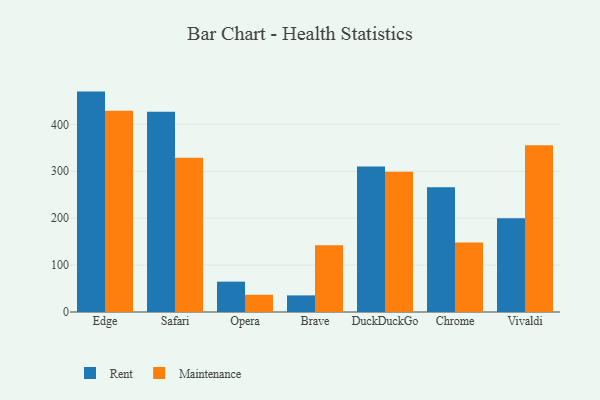
{"axis": {"x": "Browser", "y": "Demand Index"}, "legend": ["Maintenance", "Rent"], "data": [{"x": "Edge", "y": 469.8, "type": "Rent"}, {"x": "Edge", "y": 429.1, "type": "Maintenance"}, {"x": "Safari", "y": 426.7, "type": "Rent"}, {"x": "Safari", "y": 328.6, "type": "Maintenance"}, {"x": "Opera", "y": 64.7, "type": "Rent"}, {"x": "Opera", "y": 36.7, "type": "Maintenance"}, {"x": "Brave", "y": 35.4, "type": "Rent"}, {"x": "Brave", "y": 142.1, "type": "Maintenance"}, {"x": "DuckDuckGo", "y": 310.3, "type": "Rent"}, {"x": "DuckDuckGo", "y": 299.1, "type": "Maintenance"}, {"x": "Chrome", "y": 265.7, "type": "Rent"}, {"x": "Chrome", "y": 148.4, "type": "Maintenance"}, {"x": "Vivaldi", "y": 199.7, "type": "Rent"}, {"x": "Vivaldi", "y": 355.2, "type": "Maintenance"}]}